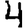
Digit: 4